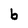
Character: b